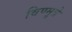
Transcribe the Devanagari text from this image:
विण्मूत्रे